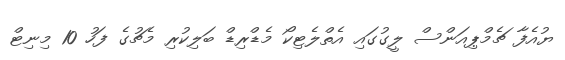
ޔުއެފާ ޗެމްޕިއަންސް ލީގުގައި އެތްލެޓިކޯ މެޑްރިޑް ބަލިކުރި މެޗުގެ ފަހު 10 މިނިޓް